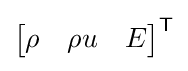
{\begin{bmatrix}\rho &\rho u&E\end{bmatrix}}^{\mathsf {T}}